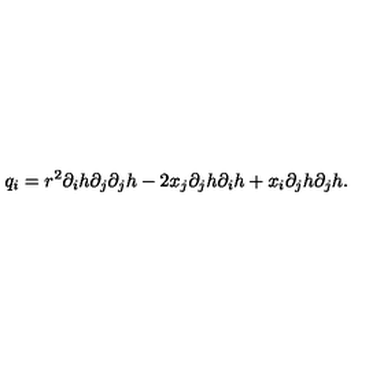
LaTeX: q _ { i } = r ^ { 2 } \partial _ { i } h \partial _ { j } \partial _ { j } h - 2 x _ { j } \partial _ { j } h \partial _ { i } h + x _ { i } \partial _ { j } h \partial _ { j } h .